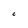
Character: C